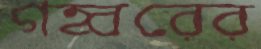
গহ্বরের